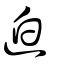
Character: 迫